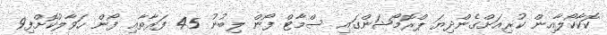
ކޮކާކޯލާއިން ކުރިއަށްގެންދިޔަ ޕްރޮމޯޝަންގައި ސްމާޓް ފޯން ލިބުނު 45 ފަރާތާއި ފޯން ހަވާލުކޮށްފި9